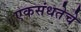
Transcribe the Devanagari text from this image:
एकसंधतेचे